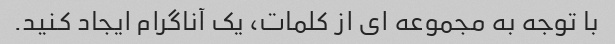
با توجه به مجموعه ای از کلمات، یک آناگرام ایجاد کنید.